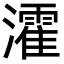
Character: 瀖